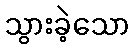
သွားခဲ့သော